Leaving Certificate, 1896
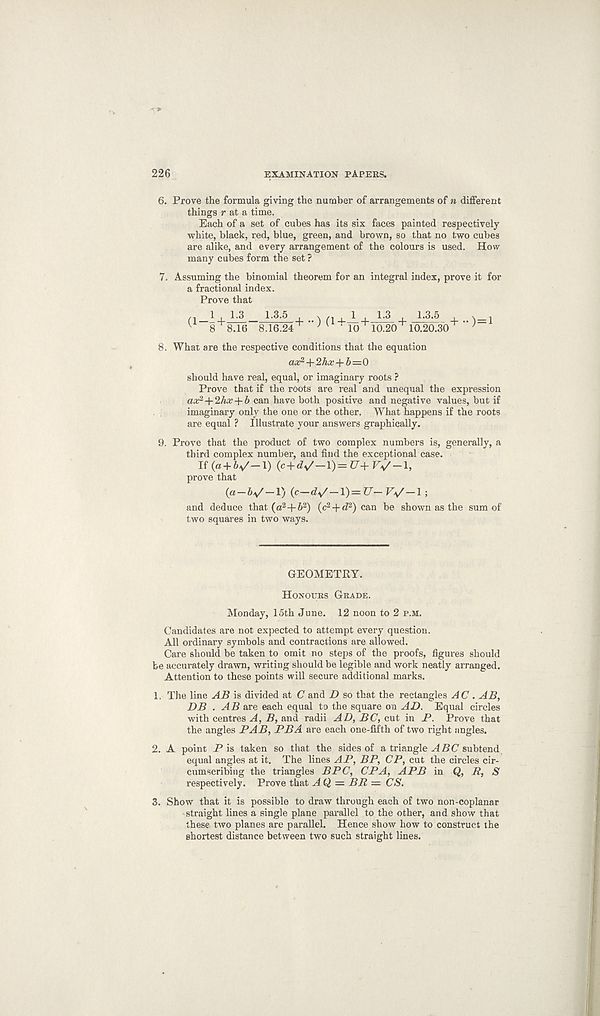
226
EXAMINATION PAPERS.
6. Prove the formula giving the number of arrangements of n different
things v at a time.
Each of a set of cubes has its six faces painted respectively
white, black, red, blue, green, and brown, so that no two cubes
are alike, and every arrangement of the colours is used. How
many cubes form the set ?
7. Assuming the binomial theorem for an integral index, prove it for
a fractional index.
Prove that
v 8 8.16 8.16.24~
' 10 10.20 10.20.30 1
8. What are the respective conditions that the equation
a# 2 +2Aa; + &=0
should have real, equal, or imaginary roots ?
Prove that if the roots are real and unequal the expression
ax* + ‘Ihx -f b can have both positive and negative values, but if
imaginary only the one or the other. What happens if the roots
are equal ? Illustrate your answers graphically.
9. Prove that the product of two complex numbers is, generally, a
third complex number, and find the exceptional case.
If(a + V-1) (c + <V—1)-^+JV-1,
prove that
{c-d^-\) = U- V^-\ ;
and deduce that (a 2 +6 2 ) (c 2 + d 2 ) can be shown as the sum of
two squares in two ways.
GEOMETRY.
Honours Grade.
Monday, 15th June. 12 noon to 2 p.m.
Candidates are not expected to attempt every question.
All ordinary symbols and contractions are allowed.
Care should be taken to omit no steps of the proofs, figures should
be accurately drawn, writing should be legible and work neatly arranged.
Attention to these points will secure additional marks.
1. The line AB is divided at C and D so that the rectangles AC . AB,
DB . AB are each equal to the square on AD. Equal circles
with centres A, B, and radii AD, BC, cut in P. Prove that
the angles PAB, PBA are each one-fifth of two right angles.
2. A point Pis taken so that the sides of a triangle H 5(7 subtend
equal angles at it. The lines AP, BP, CP, cut the circles cir-
cumscribing the triangles BPC, CPA, APB in Q, R, S
respectively. Prove that AQ = BR = CS.
3. Show that it is possible to draw through each of two non-coplanar
straight lines a single plane parallel to the other, and show that
these two planes are parallel. Hence show how to construct the
shortest distance between two such straight lines.